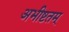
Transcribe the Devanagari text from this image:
अभीष्टतम्